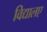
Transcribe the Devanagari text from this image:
विद्यालए